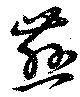
慈